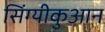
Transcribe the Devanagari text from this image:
सिंग्यीकुआन